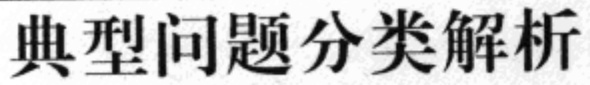
典型问题分类解析